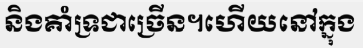
និងគាំទ្រជាច្រើន។ហើយនៅក្នុង